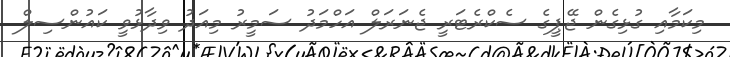
މިކަމާއި ގުޅިގެން ޖޭޕީގެ ސެކްރެޓަރީ ޖެނަރަލް އަހްމަދު ސަމީރު މިއަދު ވިދާޅުވީ ކައުންސިލް